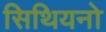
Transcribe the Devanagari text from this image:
सिथियनो